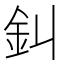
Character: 䤛